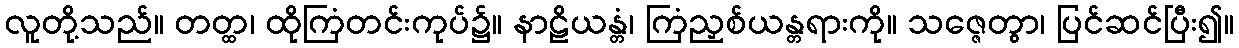
လူတို့သည်။ တတ္ထ၊ ထိုကြံတင်းကုပ်၌။ နာဠိယန္တံ၊ ကြံညှစ်ယန္တရားကို။ သဇ္ဇေတွာ၊ ပြင်ဆင်ပြီး၍။